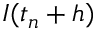
I ( t _ { n } + h )